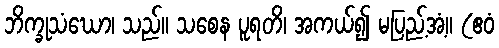
ဘိက္ခုသံဃော၊ သည်။ သစေန ပူရတိ၊ အကယ်၍ မပြည့်အံ့။ (ဧဝံ